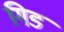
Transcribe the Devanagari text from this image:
गिड